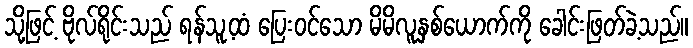
သို့ဖြင့် ဗိုလ်ရိုင်းသည် ရန်သူ့ထံ ပြေးဝင်သော မိမိလူနှစ်ယောက်ကို ခေါင်းဖြတ်ခဲ့သည်။